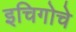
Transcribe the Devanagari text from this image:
इचिगोचे